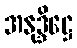
အနုဒ္ဒိဋ္ဌေ